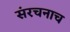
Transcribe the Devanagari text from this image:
संरचनाच